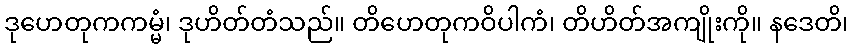
ဒုဟေတုကကမ္မံ၊ ဒုဟိတ်တံသည်။ တိဟေတုကဝိပါကံ၊ တိဟိတ်အကျိုးကို။ နဒေတိ၊